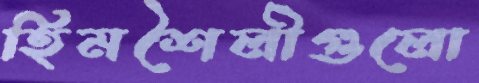
হিমশৈলীগুলো